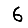
Digit: 6